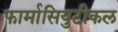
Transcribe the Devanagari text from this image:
फार्मासियुटीकल